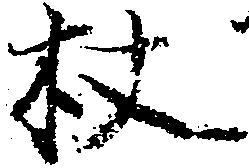
杖